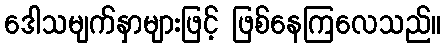
ဒေါသမျက်နှာများဖြင့် ဖြစ်နေကြလေသည်။